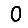
Digit: 0